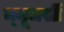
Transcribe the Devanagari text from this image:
न्‍यूजर्सी